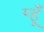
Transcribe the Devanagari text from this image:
म्हूँ